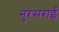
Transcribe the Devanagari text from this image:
नुरसराई